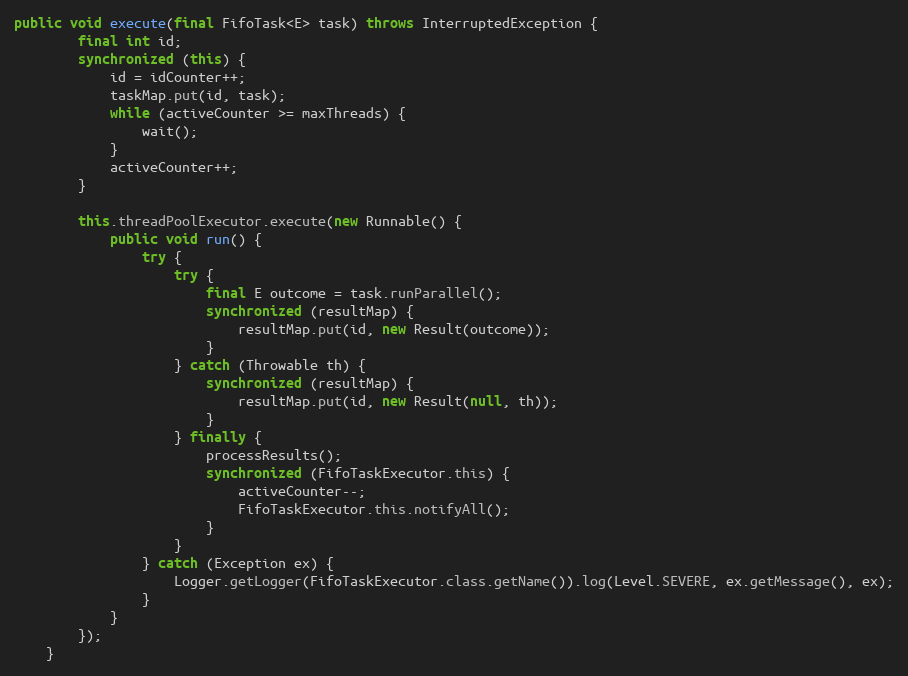
Language: Java
public void execute(final FifoTask<E> task) throws InterruptedException {
        final int id;
        synchronized (this) {
            id = idCounter++;
            taskMap.put(id, task);
            while (activeCounter >= maxThreads) {
                wait();
            }
            activeCounter++;
        }

        this.threadPoolExecutor.execute(new Runnable() {
            public void run() {
                try {
                    try {
                        final E outcome = task.runParallel();
                        synchronized (resultMap) {
                            resultMap.put(id, new Result(outcome));
                        }
                    } catch (Throwable th) {
                        synchronized (resultMap) {
                            resultMap.put(id, new Result(null, th));
                        }
                    } finally {
                        processResults();
                        synchronized (FifoTaskExecutor.this) {
                            activeCounter--;
                            FifoTaskExecutor.this.notifyAll();
                        }
                    }
                } catch (Exception ex) {
                    Logger.getLogger(FifoTaskExecutor.class.getName()).log(Level.SEVERE, ex.getMessage(), ex);
                }
            }
        });
    }